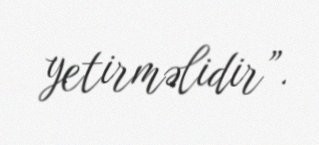
yetirməlidir”.